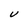
Character: U